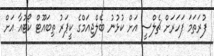
ފުރަތަމަ ފަހަރަށް ޗެލްސީ އަށް ކުޅުނު ބެލްޖިއަމްގެ ކީޕަރު ތިބައޫޓް ކޯޓުއާ އަށް